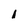
Character: 1